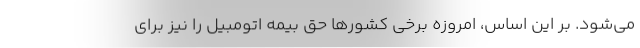
می‌شود. بر این اساس، امروزه برخی کشورها حق بیمه اتومبیل را نیز برای